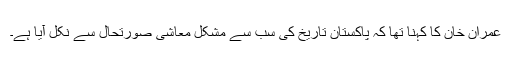
عمران خان کا کہنا تھا کہ پاکستان تاریخ کی سب سے مشکل معاشی صورتحال سے نکل آیا ہے۔